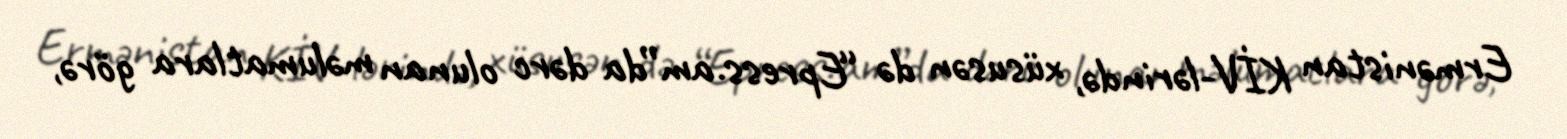
Ermənistan KİV-lərində, xüsusən də “Epress.am”da dərc olunan məlumatlara görə,